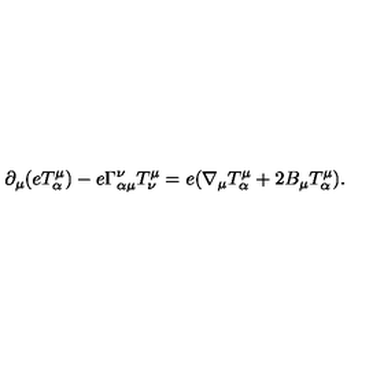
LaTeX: \partial _ { \mu } ( e T ^ { \mu } _ { \alpha } ) - e \Gamma _ { \alpha \mu } ^ { \nu } T ^ { \mu } _ { \nu } = e ( \nabla _ { \mu } T ^ { \mu } _ { \alpha } + 2 B _ { \mu } T ^ { \mu } _ { \alpha } ) .